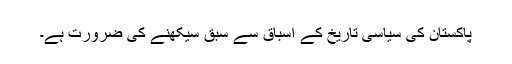
پاکستان کی سیاسی تاریخ کے اسباق سے سبق سیکھنے کی ضرورت ہے۔